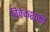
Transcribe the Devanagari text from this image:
विवेकशक्ती